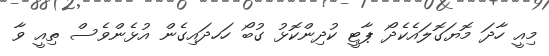
މިއީ ހާދަ މޮޔަގޮލައެކެދޯ ޕާޓީ ކުދިންކޮޅު ގުބޯ ހަހދައިގެން އުޅެންވެސް ތިއީ ވާ